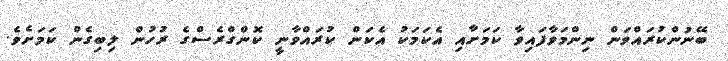
ބޭނުންކުރައްވަން ނިންމަވާފައިވާ ކަމަށާއި އެކަމަކު އެކަން ކުރައްވާނީ ކޮންގްރެސްގެ ރުހުން ލިބިގެން ކަމަށެވެ.